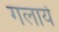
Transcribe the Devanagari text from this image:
गलाये